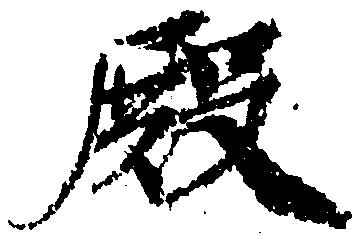
殿